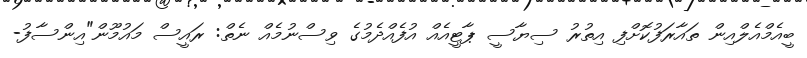
ބީއެމްއެލްއިން ތައާރަފުކޮށްފި އިތުރު ސިޔާސީ ޕާޓީއެއް އުފެއްދެމުގެ ވިސްނުމެއް ނެތް: ރައީސް މައުމޫން"އިންސާފު-